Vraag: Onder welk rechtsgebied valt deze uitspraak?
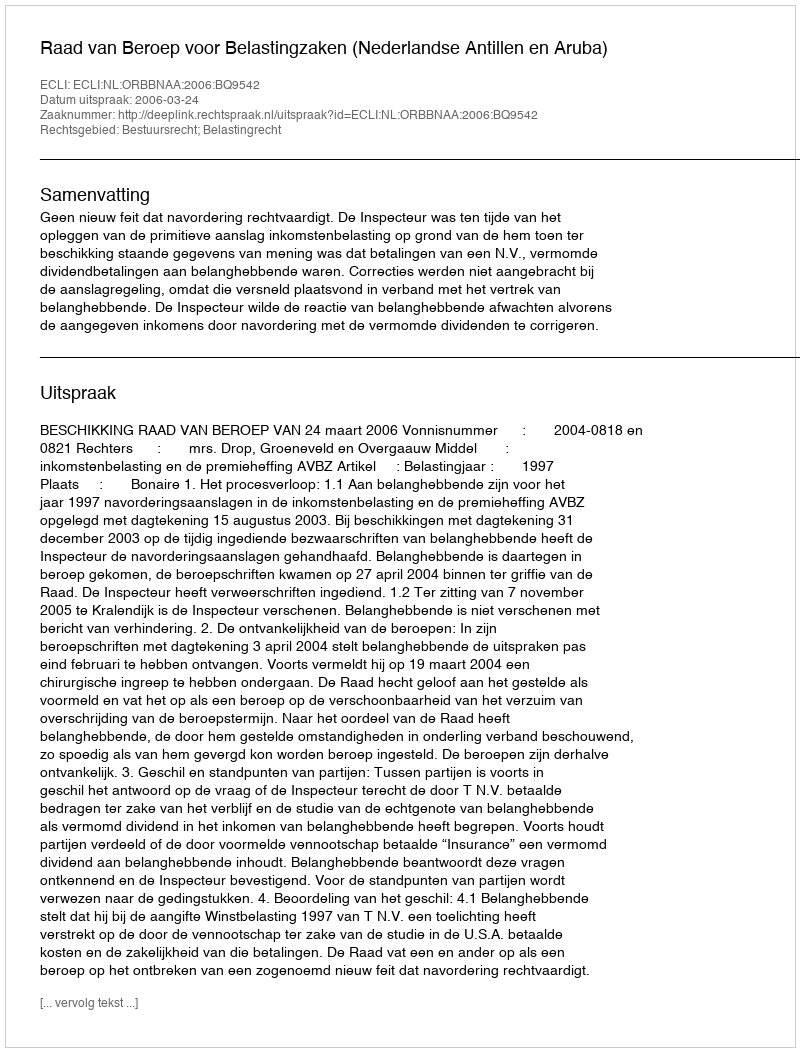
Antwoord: Bestuursrecht; Belastingrecht